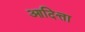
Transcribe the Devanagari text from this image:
आदित्ता